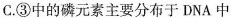
C. ③中的磷元素主要分布于 DNA中